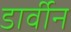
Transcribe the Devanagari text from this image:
डार्वीन